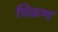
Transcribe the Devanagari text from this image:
चिकण